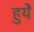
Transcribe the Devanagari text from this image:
हुयेे